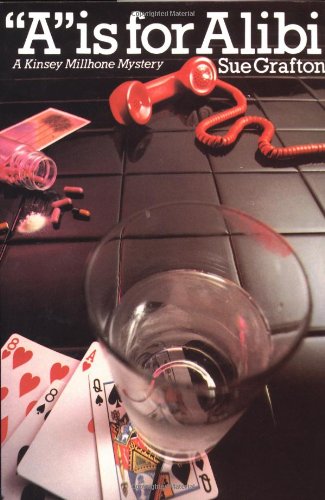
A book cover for "A" is for Alibi (A Kinsey Millhone Mystery, Book 1); Sue Grafton; Mystery, Thriller & Suspense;